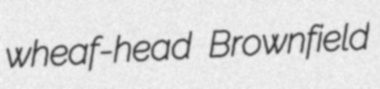
wheaf-head Brownfield